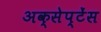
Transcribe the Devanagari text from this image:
अक्सेप्टेंस